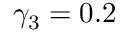
\gamma _ { 3 } = 0 . 2